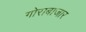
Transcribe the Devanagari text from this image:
गोराबाजार